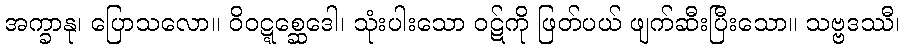
အက္ခာနု၊ ပြောသလော။ ဝိဝဋ္ဋစ္ဆေဒေါ၊ သုံးပါးသော ဝဋ်ကို ဖြတ်ပယ် ဖျက်ဆီးပြီးသော။ သဗ္ဗဒဿီ၊